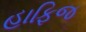
હાફિજ